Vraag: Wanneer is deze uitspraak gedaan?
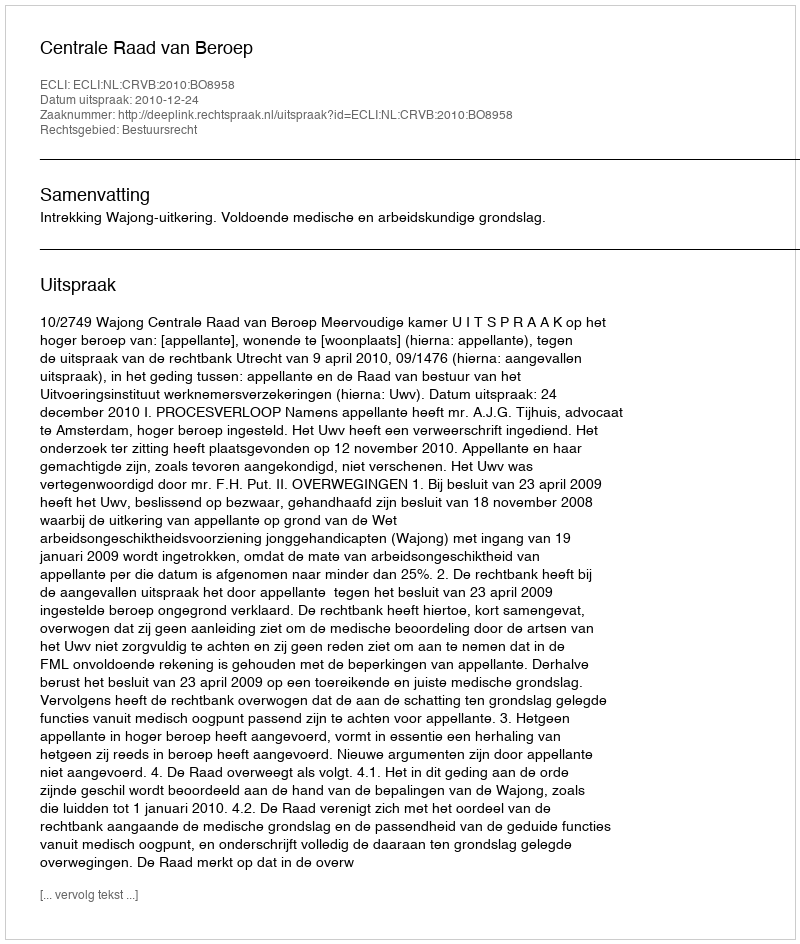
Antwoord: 2010-12-24